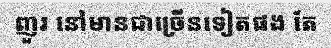
ញួរ នៅមានជាច្រើនទៀតផង តែ